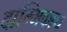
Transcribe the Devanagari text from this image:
दाम्भिकाय